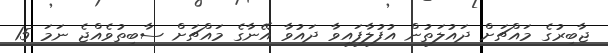
ޖާބިރުގެ މައްޗަށް ދައުލަތުން އުފުލާފައިވާ ދައުވާ އޭނާގެ މައްޗަށް ސާބިތުވެއްޖެ ނަމަ 15